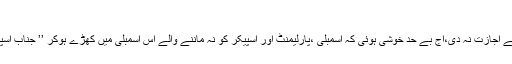
انہوں نے کہا کہ میں عمران خان اور جہانگیر
ترین کے بیان پر بات کرنا چاہتا تھا،لیکن اسپیکر نے اجازت نہ دی،آج بے حد خوشی ہوئی کہ اسمبلی ،پارلیمنٹ اور اسپیکر کو نہ ماننے والے اس اسمبلی میں کھڑے ہوکر ’’ جناب اسپیکر جناب اسپیکر‘‘ کہہ کر صفائی دے رہے تھے۔